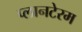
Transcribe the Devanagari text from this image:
प्लानटेरम